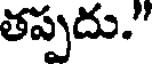
తప్పదు."